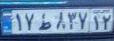
۱۷ط۸۳۷۱۲